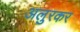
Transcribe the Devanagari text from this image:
अलुरकर